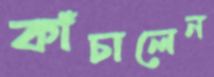
কাঁচালেন